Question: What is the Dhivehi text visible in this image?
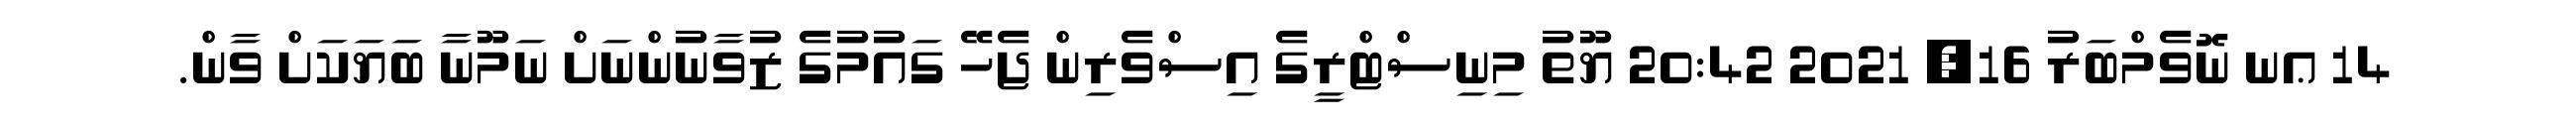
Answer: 14 ޢނ ނޮވެމްބަރު 16, 2021 20:42 ޔޫތު މިނިސްޓްރީގެ އިސްވެރިން ޖެހޭ ގައުމުގެ ޒުވާނުންނަށް ނަމޫނާ ބަޔަކަށް ވާން.